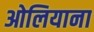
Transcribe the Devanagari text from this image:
ओलियाना